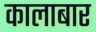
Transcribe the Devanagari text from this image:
कालाबार